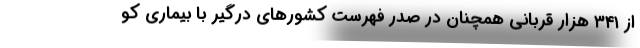
از ۳۴۱ هزار قربانی همچنان در صدر فهرست کشورهای درگیر با بیماری کو